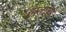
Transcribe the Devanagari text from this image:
जालांची